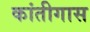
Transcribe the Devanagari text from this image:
कांतीगास